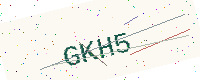
Text: GKH5